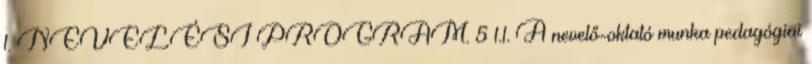
1. NEVELÉSI PROGRAM. 5 1.1. A nevelő-oktató munka pedagógiai